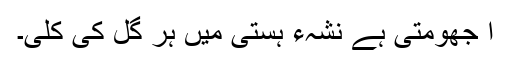
ا جھومتی ہے نشہء ہستی میں ہر گل کی کلی۔